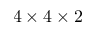
4 \times 4 \times 2